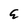
Character: E